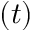
( t )